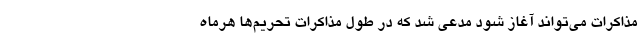
مذاکرات می‌تواند آغاز شود مدعی شد که در طول مذاکرات تحریم‌ها هرماه